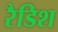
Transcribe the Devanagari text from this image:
रैडिश